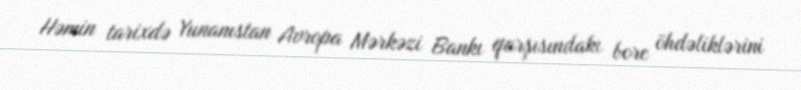
Həmin tarixdə Yunanıstan Avropa Mərkəzi Bankı qarşısındakı borc öhdəliklərini